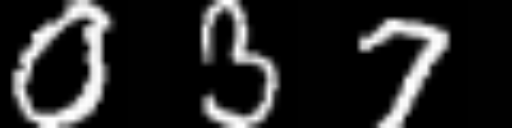
Text: 037